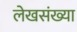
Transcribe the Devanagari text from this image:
लेखसंख्या